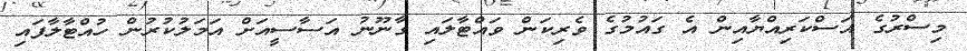
މިސްރުގެ އަސްކަރިއްޔާއިން އެ ގައުމުގެ ވެރިކަން ވައްޓާލައި ގާނޫނު އަސާސީއަށް އަމަލުކުރުން ހުއްޓާލާފައި